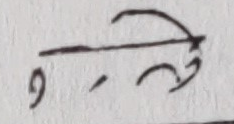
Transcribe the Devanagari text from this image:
९-ले